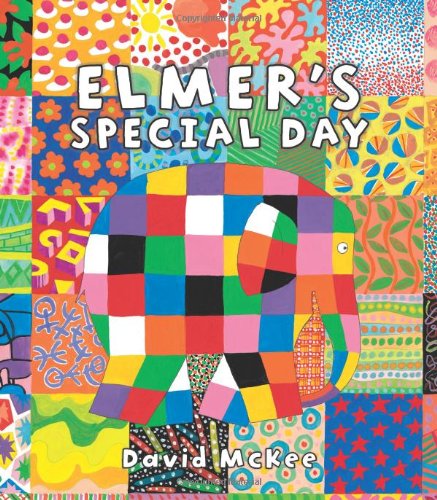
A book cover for Elmer's Special Day (Elmer Books); David McKee; Children's Books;